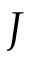
J